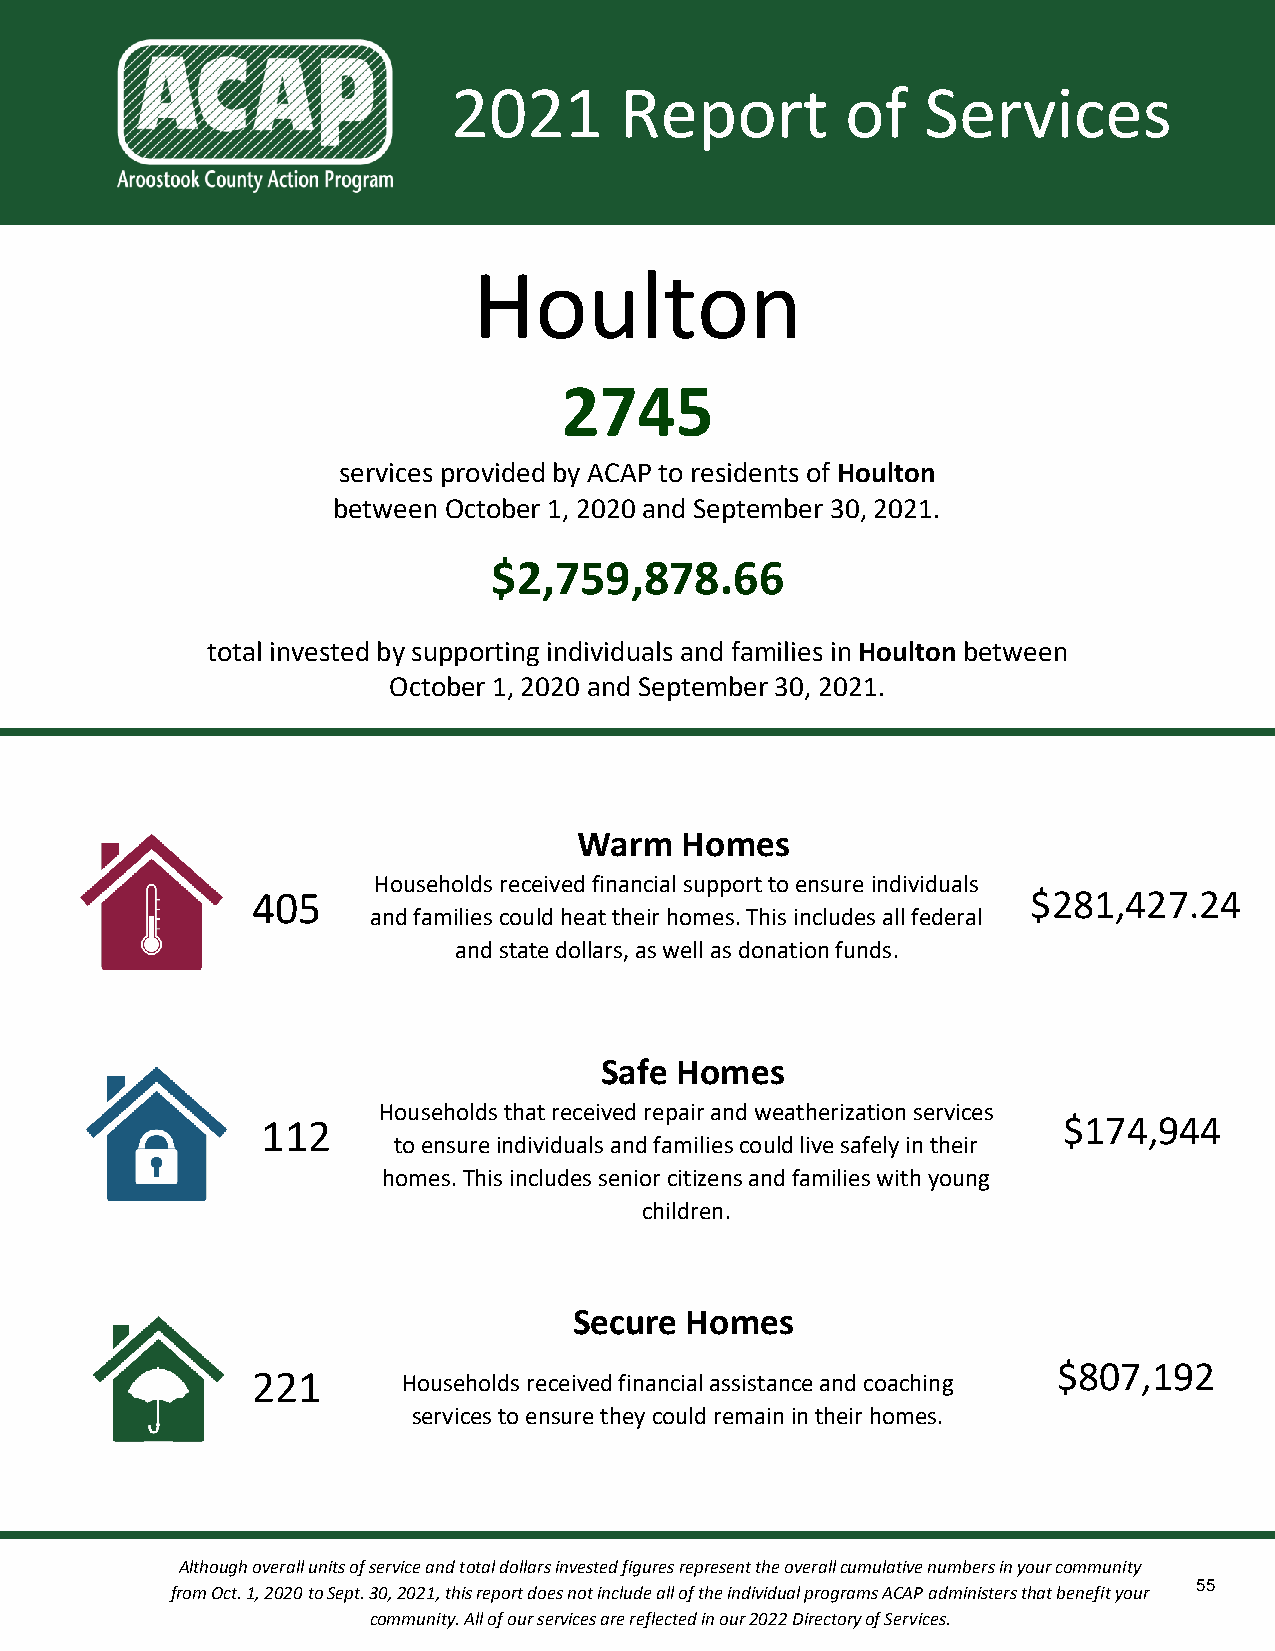
2021       Report         of   Services
 Houlton
 2745
 services provided by ACAP to residents of Houlton
 between October 1, 2020 and September 30, 2021.
 $2,759,878.66
 total invested by supporting individuals and families in Houlton between
 October 1, 2020 and September 30, 2021.
 Warm   Homes
 Households received financial support to ensure individuals
 405                                                $281,427.24
 and families could heat their homes. This includes all federal
 and state dollars, as well as donation funds.
 Safe Homes
 Households that received repair and weatherization services
 112                                                  $174,944
 to ensure individuals and families could live safely in their
 homes. This includes senior citizens and families with young
 children.
 Secure Homes
 $807,192
 221       Households received financial assistance and coaching
 services to ensure they could remain in their homes.
 Although overall units of service and total dollars invested figures represent the overall cumulative numbers in your community
 55
 from Oct. 1, 2020 to Sept. 30, 2021, this report does not include all of the individual programs ACAP administers that benefit your
 community. All of our services are reflected in our 2022 Directory of Services.